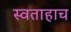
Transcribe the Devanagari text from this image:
स्वताहाच